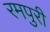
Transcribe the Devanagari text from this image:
रमपुरी